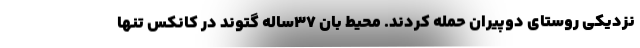
نزدیکی روستای دوپیران حمله کردند. محیط بان ٣٧ساله گتوند در کانکس تنها